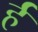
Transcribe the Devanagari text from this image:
र्ह